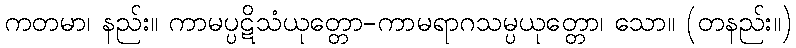
ကတမာ၊ နည်း။ ကာမပ္ပဋိသံယုတ္တော-ကာမရာဂသမ္ပယုတ္တော၊ သော။ (တနည်း။)